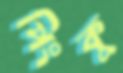
পিংকু